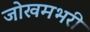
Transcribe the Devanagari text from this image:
जोखमभरी